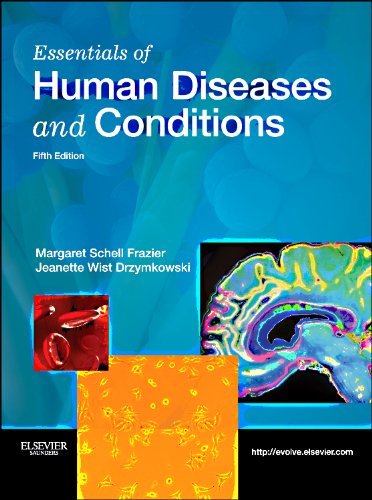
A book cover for Essentials of Human Diseases and Conditions, 5e; Margaret Schell Frazier RN  CMA  BS; Medical Books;